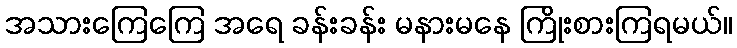
အသားကြေကြေ အရေ ခန်းခန်း မနားမနေ ကြိုးစားကြရမယ်။